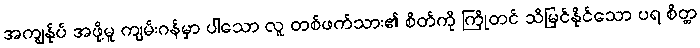
အကျွန်ုပ် အဖို့မူ ကျမ်းဂန်မှာ ပါသော လူ တစ်ဖက်သား၏ စိတ်ကို ကြိုတင် သိမြင်နိုင်သော ပရ စိတ္တ